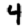
Digit: 4